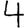
Digit: 4